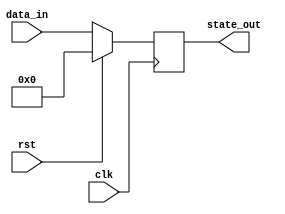
module synchronous_reset_block (
    input wire clk,          // Clock signal
    input wire rst,          // Active-high reset signal
    input wire [7:0] data_in, // Example data input (8-bit)
    output reg [7:0] state_out // Example state output (8-bit)
);

// Synchronous reset behavior
always @(posedge clk) begin
    if (rst) begin
        // Reset state to a predefined value (e.g., zero)
        state_out <= 8'b00000000; // Reset state
    end else begin
        // Normal operation: update state based on data input
        state_out <= data_in; // Example logic: update state with data input
    end
end

endmodule